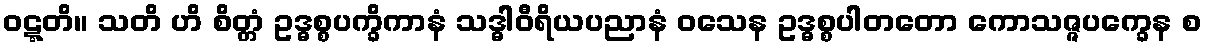
ဝဋ္ဋတိ။ သတိ ဟိ စိတ္တံ ဥဒ္ဓစ္စပက္ခိကာနံ သဒ္ဓါဝီရိယပညာနံ ဝသေန ဥဒ္ဓစ္စပါတတော ကောသဇ္ဇပက္ခေန စ